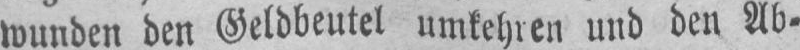
wunden den Geldbeutel umkehren und den Ab⸗